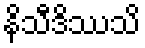
နိသီဒိဿသိ